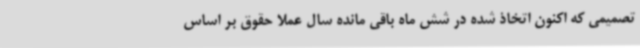
تصمیمی که اکنون اتخاذ شده در شش ماه باقی مانده سال عملا حقوق بر اساس